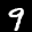
Label: 9